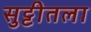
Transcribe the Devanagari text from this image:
सुट्टीतला